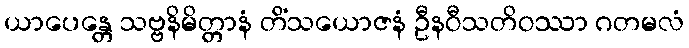
ယာပေန္တေ သဗ္ဗနိမိတ္တာနံ တိံသယောဇနံ ဦနဝီသတိဝဿာ ဂတမလံ